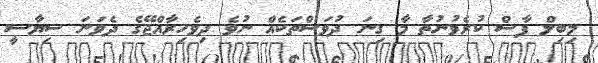
މިބިލް ފާސް ކުރެވުނުތާ މާ ގިނަ ދުވަސްތަކެއް ނުވެ ދިވެހިރާއްޖޭގެ ދެވަނަ ސިޔާސީ